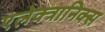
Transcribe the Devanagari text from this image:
एलेक्त्रानिक्स